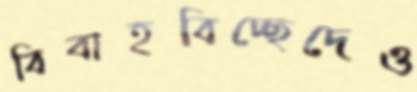
বিবাহবিচ্ছেদেও